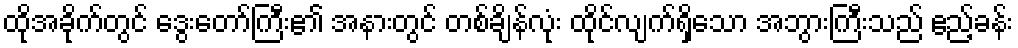
ထိုအခိုက်တွင် ဒွေးတော်ကြီး၏ အနားတွင် တစ်ချိန်လုံး ထိုင်လျက်ရှိသော အဘွားကြီးသည် ဧည့်ခန်း